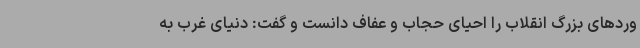
وردهای بزرگ‌ انقلاب را احیای حجاب و عفاف دانست و گفت: دنیای غرب به